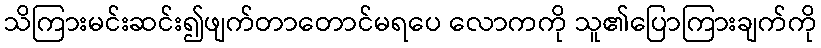
သိကြားမင်းဆင်း၍ဖျက်တာတောင်မရပေ လောကကို သူ၏ပြောကြားချက်ကို